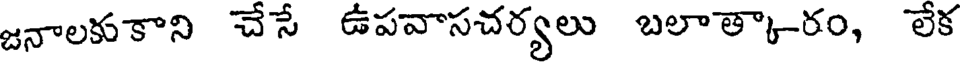
జనాలకుకాని చేసే ఉపవాసచర్యలు బలాత్కారం, లేక